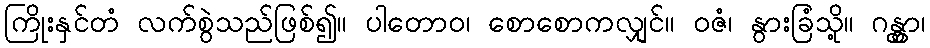
ကြိုးနှင်တံ လက်စွဲသည်ဖြစ်၍။ ပါတောဝ၊ စောစောကလျှင်။ ဝဇံ၊ နွားခြံသို့။ ဂန္တွာ၊